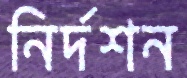
নির্দশন